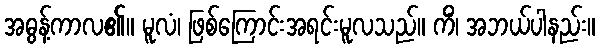
အဓွန့်ကာလ၏။ မူလံ၊ ဖြစ်ကြောင်းအရင်းမူလသည်။ ကိံ၊ အဘယ်ပါနည်း။